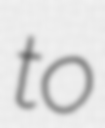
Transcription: to